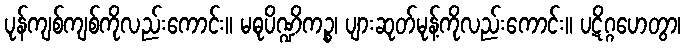
ပုန်ကျစ်ကျစ်ကိုလည်းကောင်း။ မဓုပိဏ္ဍိကဉ္စ၊ ပျားဆုတ်မုန့်ကိုလည်းကောင်း။ ပဋိဂ္ဂဟေတွာ၊